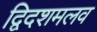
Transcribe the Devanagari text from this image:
द्विदशमलव